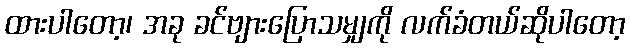
ထားပါတော့၊ အခု ခင်ဗျားပြောသမျှကို လက်ခံတယ်ဆိုပါတော့